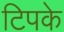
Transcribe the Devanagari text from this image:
टिपके